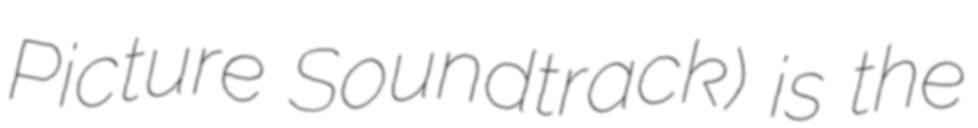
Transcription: Picture Soundtrack) is the